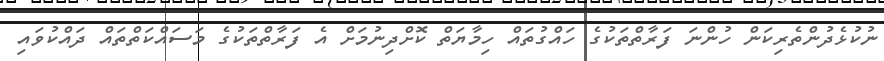
ނުކުޅެދުންތެރިކަން ހުންނަ ފަރާތްތަކުގެ ހައްގުތައް ހިމާޔަތް ކޮށްދިނުމަށް އެ ފަރާތްތަކުގެ މަސައްކަތްތައް ދައްކުވައި